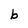
Character: b